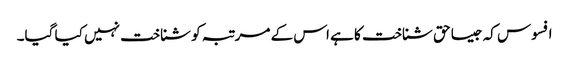
افسوس کہ جیسا حق شناخت کا ہے اس کے مرتبہ کو شناخت نہیں کیا گیا۔